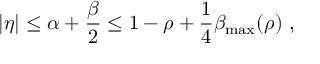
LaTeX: | \eta | \leq \alpha + \frac { \beta } { 2 } \leq 1 - \rho + \frac { 1 } { 4 } \beta _ { \mathrm { m a x } } ( \rho ) ~ ,